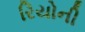
રિયોની